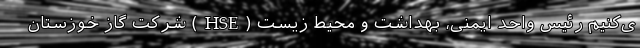
ی‌کنیم رئیس واحد ایمنی، بهداشت و محیط زیست (HSE) شرکت گاز خوزستان